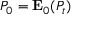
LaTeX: P _ { 0 } = \mathbf { E } _ { 0 } ( P _ { t } )